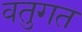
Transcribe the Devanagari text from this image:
वतुगत